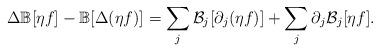
LaTeX: \begin{align*}\Delta\mathbb B[\eta f]-\mathbb B[\Delta(\eta f)]=\sum_j{\cal B}_j[\partial_j(\eta f)]+\sum_j\partial_j{\cal B}_j[\eta f].\end{align*}